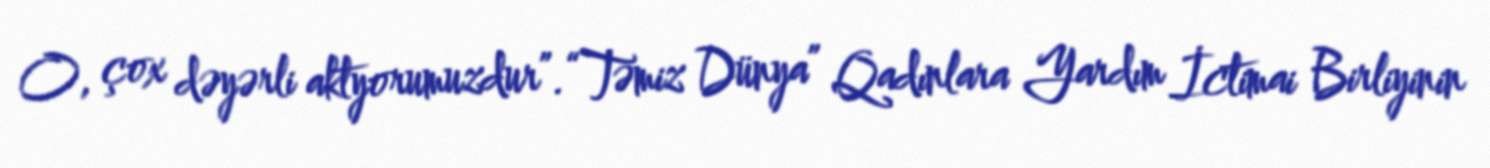
O, çox dəyərli aktyorumuzdur”.“Təmiz Dünya” Qadınlara Yardım İctimai Birliyinin